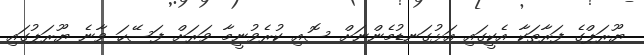
ޔޫރަޕްގެ ފަރާތަކާ އެކީގައި އަޅުގަނޑުމެންނަށް ސޮއި ކުރެވުނީމާ ވަރަށް ފަސޭހަ ވާނެ ޔޫރަޕުގައި